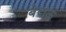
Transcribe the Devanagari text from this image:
बेदाऊ